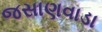
જસાણવાડા